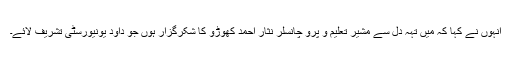
انہوں نے کہا کہ میں تہہ دل سے مشیر تعلیم و پرو چانسلر نثار احمد کھوڑو کا شکرگزار ہوں جو داؤد یونیورسٹی تشریف لائے۔